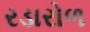
રડારોળ